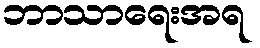
ဘာသာရေးအရ